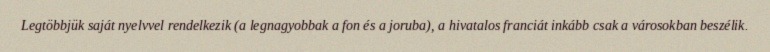
Legtöbbjük saját nyelvvel rendelkezik (a legnagyobbak a fon és a joruba), a hivatalos franciát inkább csak a városokban beszélik.